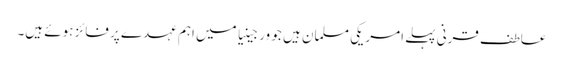
عاطف قرنی پہلے امریکی مسلمان ہیں جو ورجینیا میں اہم عہدے پر فائز ہوئے ہیں۔